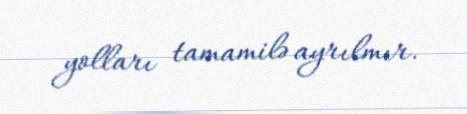
yolları tamamilə ayrılmır.